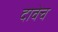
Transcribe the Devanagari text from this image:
दावेच